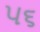
પ૬